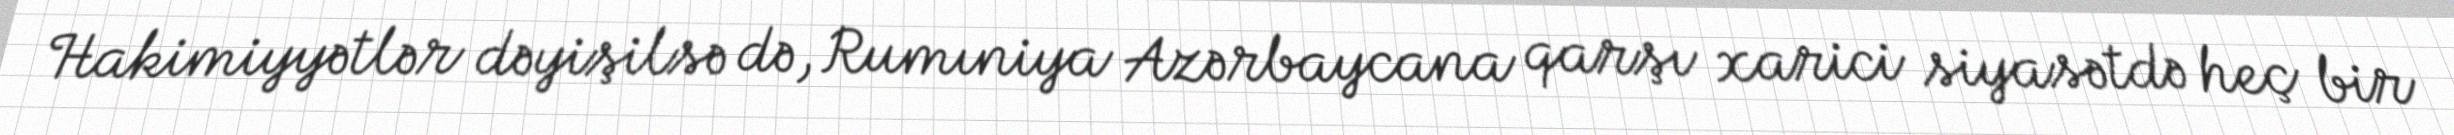
Hakimiyyətlər dəyişilsə də, Rumıniya Azərbaycana qarşı xarici siyasətdə heç bir